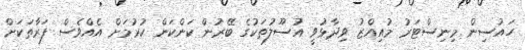
ހައުސިން މިނިސްޓަރު މުއިއްޒު ވިދާޅުވީ އުސޫލުތަކުގެ ބޭރުން ކަންކަން ކުރުމަށް އެއްވެސް ފަރާތަކަށް